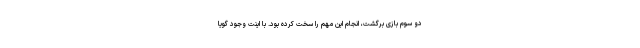
دو سوم بازی برگشت، انجام این مهم را سخت کرده بود. با اینت وجود گویا